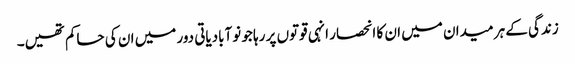
زندگی کے ہر میدان میں ان کا انحصار انہی قوتوں پر رہا جو نوآبادیاتی دور میں ان کی حاکم تھیں۔